Punjab Mental Hospital Lahore 1932-46 - 1932-1946
Year: 1932
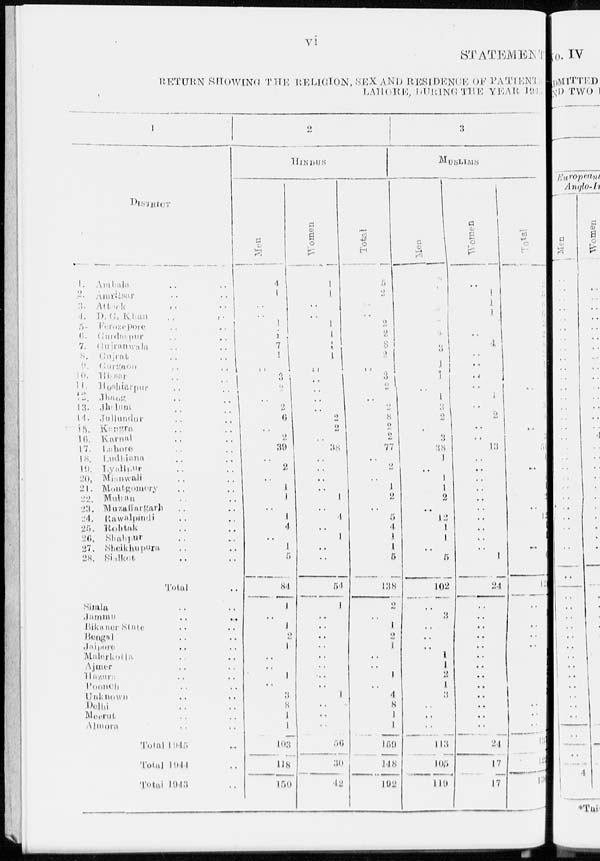
vi
STATEMENT
RETURN SHOWING THE RELIGION, SEX AND RESIDENCE OF PATIENTS
LAHORE, DURING THE YEAR 1945
1
DISTRICT
1. Ambala .. ..
2. Amritsar
..
..
3.
Attock
..
..
4. D. G. Khun
..
..
5.
Ferozepore
..
..
6. Gurudaspur .. ..
7. Gujranwala .. ..
8. Gujrat .. ..
9.
Gurgaon
..
..
10.
Hissar
..
..
11. Hoshiarpur
..
..
12. Jhang .. ..
13. Jhalum .. ..
14. Jullundur .. ..
15. Kangra .. ..
16. Karnal .. ..
17. Lahore .. ..
18. Ludhiana .. ..
10. Lyallpur .. ..
20. Mianwali .. ..
21. Montgomery .. ..
22. Multan .. ..
23. Muzaffargarh .. ..
24. Rawalpindi .. ..
25. Rohtak .. ..
20. Shahpur .. ..
27. Sheikhupura .. ..
28. Sialkot .. ..
Total ..
Simla .. ..
Jammu
..
...
Bikaner State .. ..
Bengal .. ..
Jaipure
.. ..
Malerkotla .. ..
Ajmer .. ..
Hazara .. ..
Poonch .. ..
Unknown .. ..
Delhi .. ..
Meerut .. ..
Almora .. ..
Total 1945 ..
Total 1944 ..
Total 1943 ..
2
HINDUS
Men
4
1
..
..
1
6
7
1
..
3
2
..
2
6
..
2
39
..
2
..
1
1
..
1
4
..
1
5
84
1
..
1
2
1
..
..
1
..
3
8
1
1
103
118
150
Women
1
1
..
..
1
1
1
1
..
..
..
..
..
2
2
..
38
..
..
..
..
1
..
4
..
1
..
..
54
1
..
..
..
..
..
..
..
..
1
..
..
..
56
30
42
Total
5
2
..
..
2
2
8
2
..
3
2
..
2
8
2
2
77
..
2
..
1
2
..
5
4
1
1
5
138
2
..
1
2
1
..
..
1
..
4
8
1
1
159
148
192
3
MUSLIMS
Men
2
4
..
7
3
2
4
3
1 1
..
1
3
2
..
3
38
1
..
1
1
2
..
12
1
1
..
5
102
..
3
..
..
..
1
1
2
1
3
..
..
..
113
105
119
Women
..
1
1
1
..
4
..
..
..
.. 1
..
2
..
..
13
..
..
..
..
..
..
..
..
..
..
1
24
..
..
..
..
..
..
..
..
..
..
..
..
..
24
17
17
Total
2
5
1
8
3
2
8
3
1
1
..
2
3
4
..
3
51
1
..
1
1
2
..
12
1
1
..
6
126
..
3
..
..
..
1
1
2
1
3
..
..
..
137
122
136